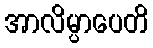
အာလိမ္ပာပေတိ